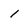
Character: 1